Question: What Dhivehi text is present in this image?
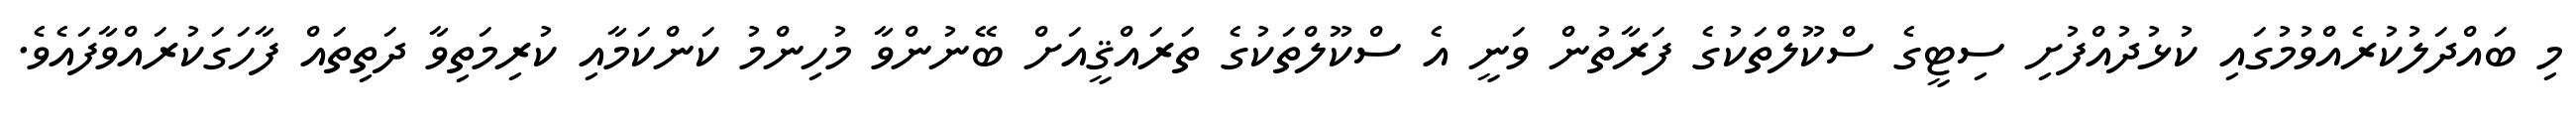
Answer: މި ބައްދަލުކުރެއްވުމުގައި ކުޅުދުއްފުށި ސިޓީގެ ސްކޫލްތަކުގެ ފަރާތުން ވަނީ އެ ސްކޫލްތަކުގެ ތަރައްޤީއަށް ބޭނުންވާ މުހިންމު ކަންކަމާއި ކުރިމަތިވާ ދަތިތައް ފާހަގަކުރައްވާފައެވެ.